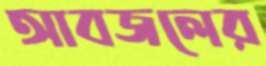
আবজলের